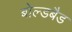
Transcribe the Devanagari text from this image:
बोल्डबैड